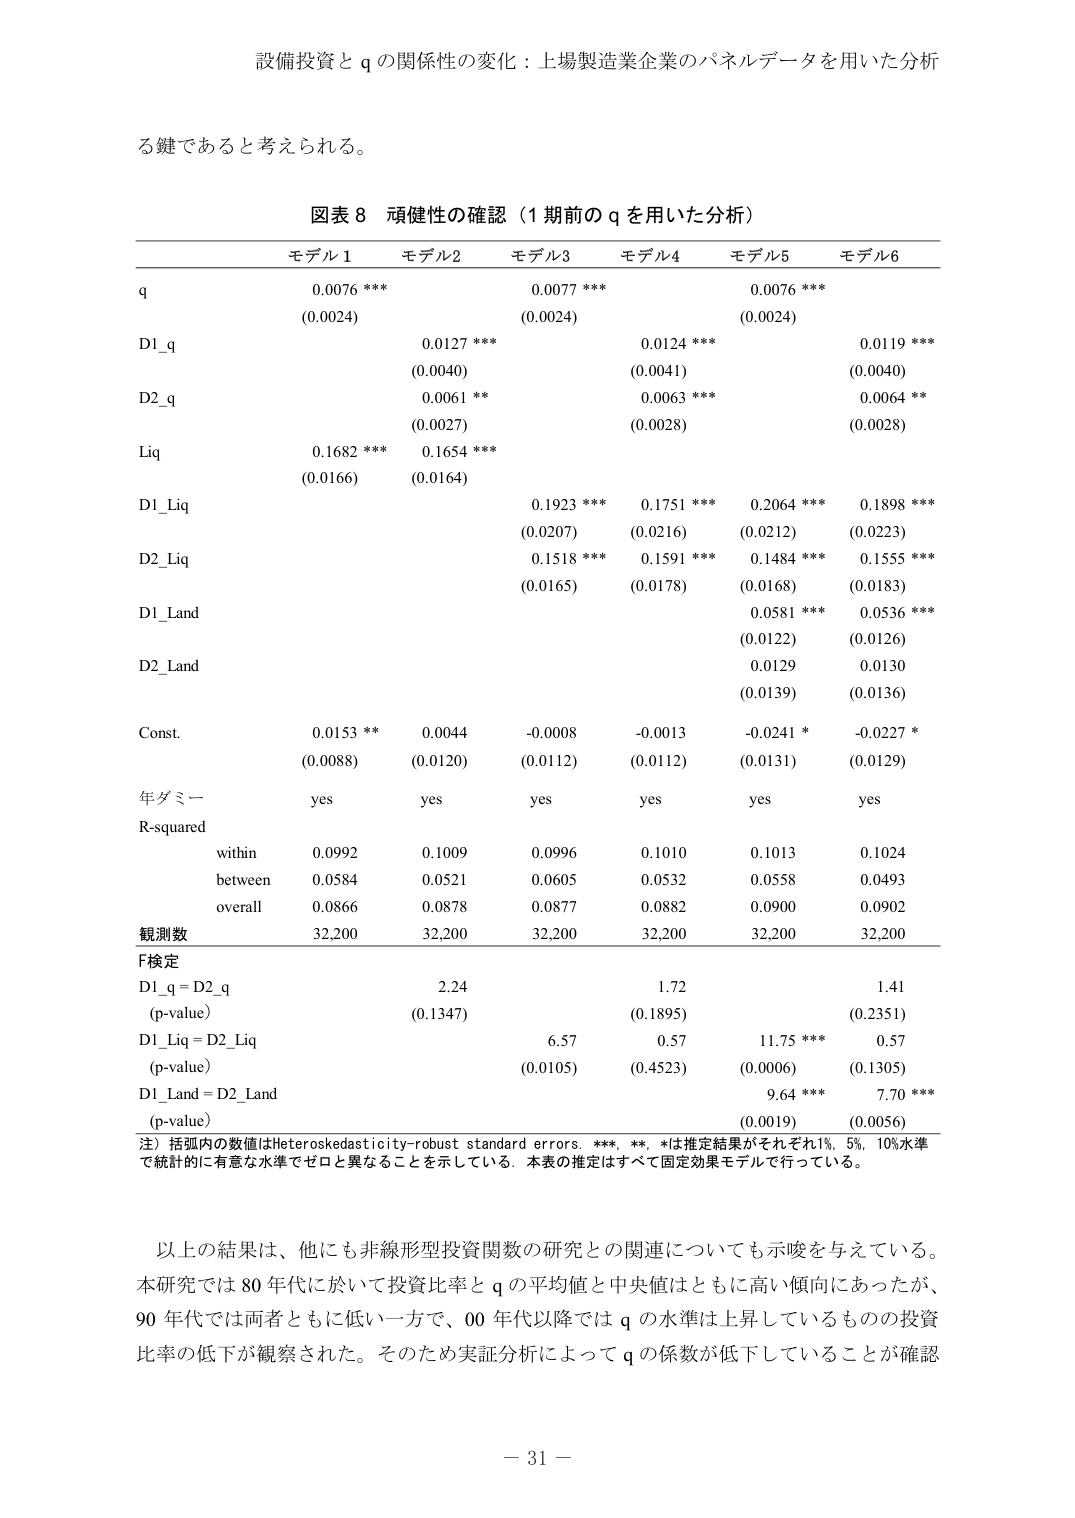
設備投資と q の関係性の変化：上場製造業企業のパネルデータを用いた分析

る鍵であると考えられる。

図表 8 頑健性の確認（1 期前の q を用いた分析）

モデル1 モデル2 モデル3 モデル4 モデル5 モデル6
q 0.0076 *** 0.0077 *** 0.0076 ***
(0.0024) (0.0024) (0.0024)
D1_q 0.0127 ***
(0.0040) 0.0124 ***
(0.0041) 0.0119 ***
(0.0040)
D2_q 0.0061 **
(0.0027) 0.0063 ***
(0.0028) 0.0064 **
(0.0028)
Liq 0.1682 ***
(0.0166) 0.1654 ***
(0.0164)
D1_Liq 0.1923 ***
(0.0207) 0.1751 ***
(0.0216) 0.2064 ***
(0.0212) 0.1898 ***
(0.0223)
D2_Liq 0.1518 ***
(0.0165) 0.1591 ***
(0.0178) 0.1484 ***
(0.0168) 0.1555 ***
(0.0183)
D1_Land 0.0581 ***
(0.0122) 0.0536 ***
(0.0126)
D2_Land 0.0129 0.0130
(0.0139) (0.0136)
Const. 0.0153 ** 0.0044 -0.0008 -0.0013 -0.0241 * -0.0227 *
(0.0088) (0.0120) (0.0112) (0.0112) (0.0131) (0.0129)
年ダミー yes yes yes yes yes yes
R-squared
within 0.0992 0.1009 0.0996 0.1010 0.1013 0.1024
between 0.0584 0.0521 0.0605 0.0532 0.0558 0.0493
overall 0.0866 0.0878 0.0877 0.0882 0.0900 0.0902
観測数 32,200 32,200 32,200 32,200 32,200 32,200
F検定
D1_q = D2_q 2.24 1.72 1.41
(p-value) (0.1347) (0.1895) (0.2351)
D1_Liq = D2_Liq 6.57 0.57 11.75 *** 0.57
(p-value) (0.0105) (0.4523) (0.0006) (0.1305)
D1_Land = D2_Land 9.64 *** 7.70 ***
(p-value) (0.0019) (0.0056)
注）括弧内の数値はHeteroskedasticity-robust standard errors. ***, **, *は推定結果がそれぞれ1%, 5%, 10%水準で統計的に有意な水準でゼロと異なることを示している。本表の推定はすべて固定効果モデルで行っている。

以上の結果は、他にも非線形型投資関数の研究との関連についても示唆を与えている。本研究では 80 年代に於いて投資比率と q の平均値と中央値はともに高い傾向にあったが、90 年代では両者ともに低い一方で、00 年代以降では q の水準は上昇しているものの投資比率の低下が観察された。そのため実証分析によって q の係数が低下していることが確認

－ 31 －